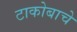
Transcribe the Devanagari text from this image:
टाकोबाचे